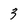
Character: 3